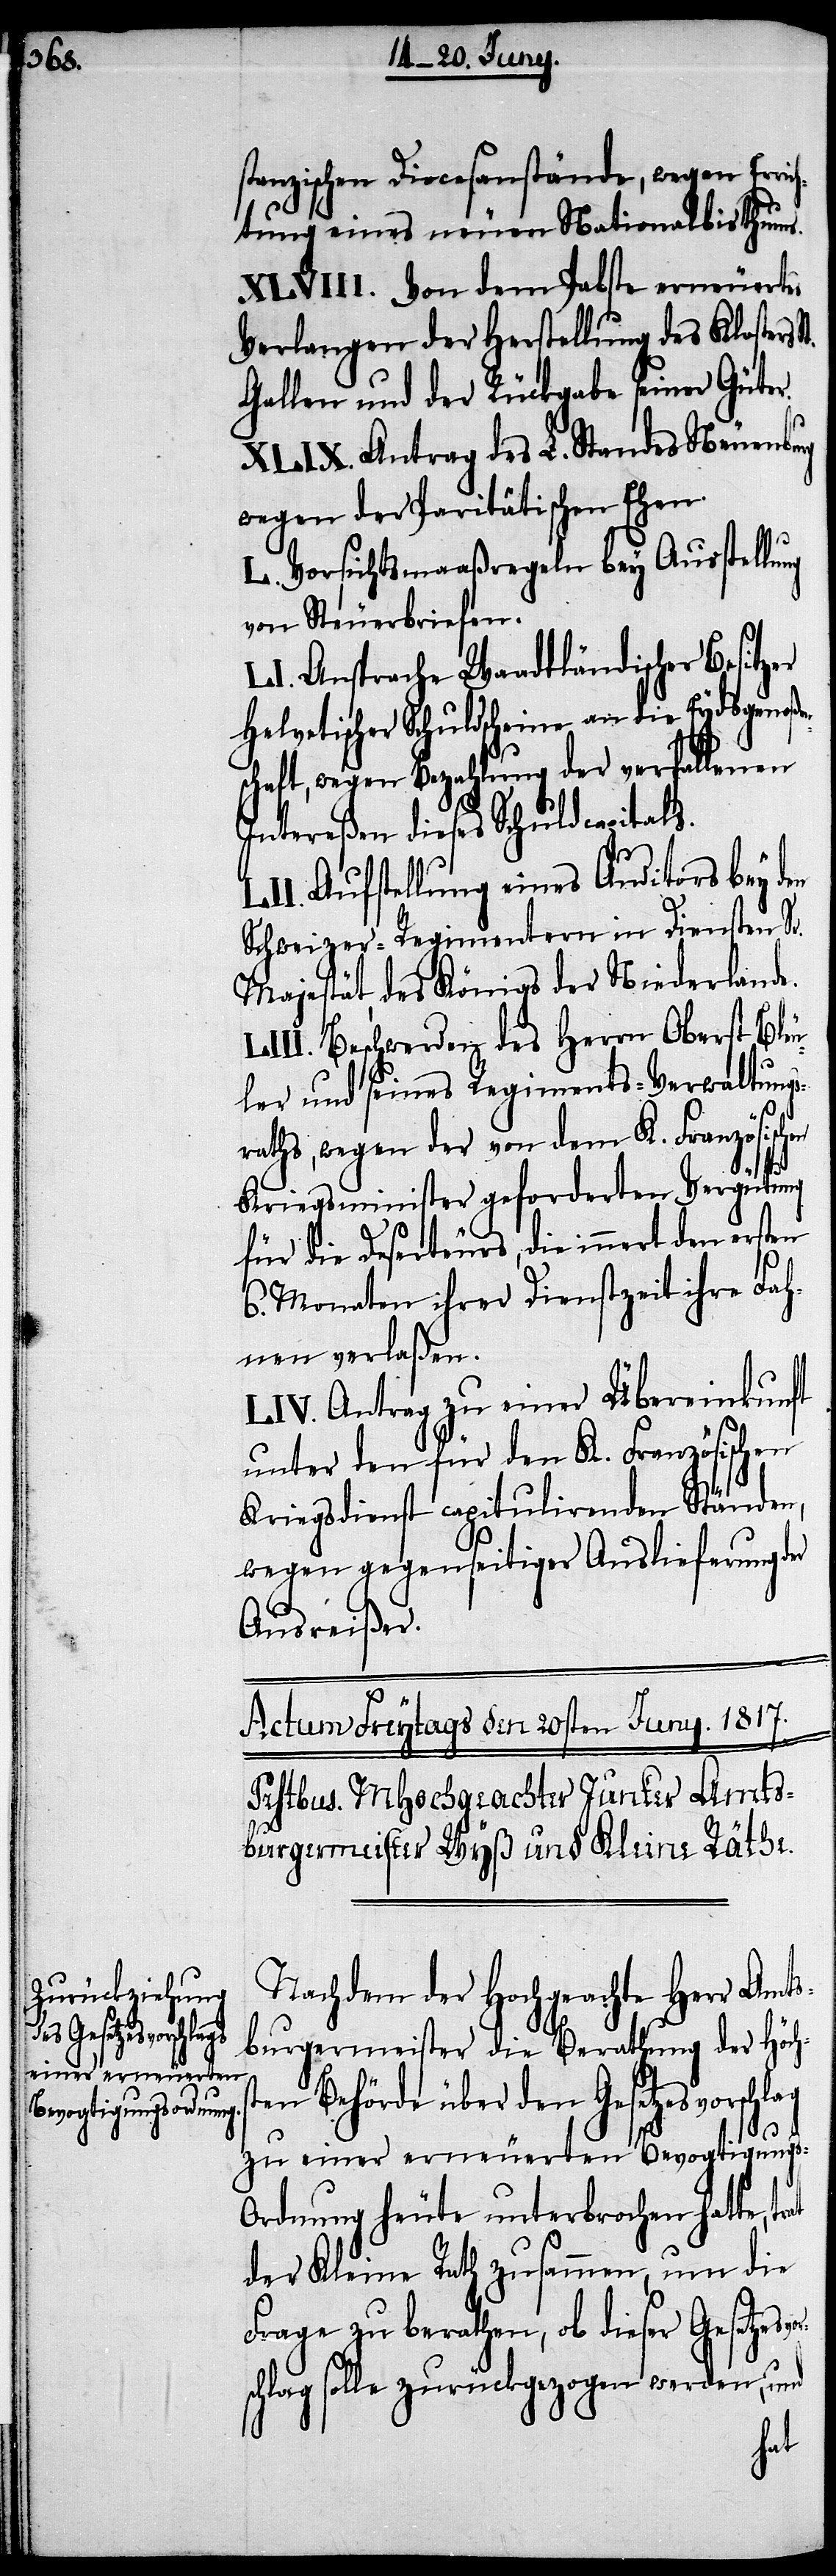
stanzischen Diocesanstände, wegen Erri¬
tung eines neuen Nationalbisthums.
Von dem Pabste erneuertes
Verlangen der Herstellung des Klosters
Gallen und der Rückgabe seiner Güter.
Antrag des L. Standes Neuenburg
wegen der Paritätischen Ehen.
Vorsichtsmaßregeln bey Ausstellu¬
von Steuerbriefen.
Ansprache Waadtländischer Besitz¬
Helvetischer Schuldscheine an die Eydsgenoß¬
chaft, wegen Bezahlung der verfallenen
Intereßen dieses Schuldcapitals.
Aufstellung eines Auditors bey den
Schweizer-Regimentern in Diensten Sr.
Majestät, des Königs der Niederlande.
Beschwerden des Herrn Oberst Bleu¬
ler und seines Regiments-Verwaltungs¬
raths, wegen der von dem K. Französischen
Kriegsminister geforderten Vergütung
für die Deserteurs, die innert den ersten
6. Monathen ihrer Dienstzeit Fah¬
nen verlaßen.
Antrag zu einer Übereinkunft
unter den für den K. Französischen
Kriegsdienst capitulirenden Ständen,
wegen gegenseitiger Auslieferung der
Ausreißer.
Nachdem der Hochgeachte Herr Amts¬
ng
burgermeister die Berathung der Höch¬
en Behörde über den Gesetzesvorschlag
st¬
zu einer erneuerten Bevogtigungs-O¬
rdnung heute unterbrochen hatte,
der Kleine Rath zusammen, um die
Frage zu berathen, ob dieser Gesetzes¬
schlag solle zurückgezogen werden, und
vor¬